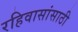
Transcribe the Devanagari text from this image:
रहिवासांसाठी